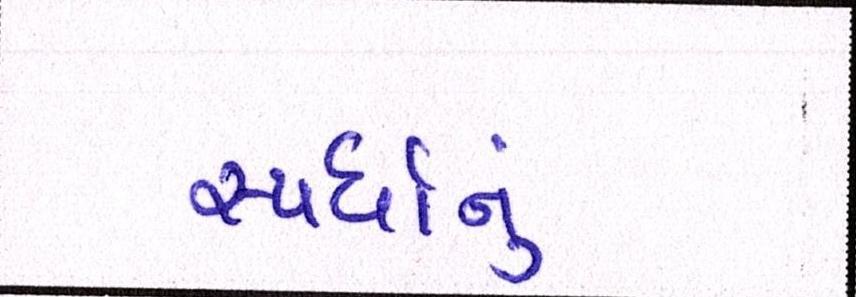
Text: સ્પર્ધાનું